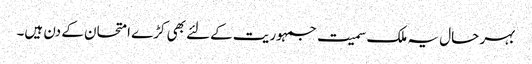
بہر حال یہ ملک سمیت جمہوریت کےلئے بھی کڑے امتحان کے دن ہیں۔